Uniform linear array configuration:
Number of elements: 64
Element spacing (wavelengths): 0.25
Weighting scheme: kaiser
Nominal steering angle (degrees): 45
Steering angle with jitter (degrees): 43.809
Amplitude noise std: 0.05
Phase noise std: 0.05

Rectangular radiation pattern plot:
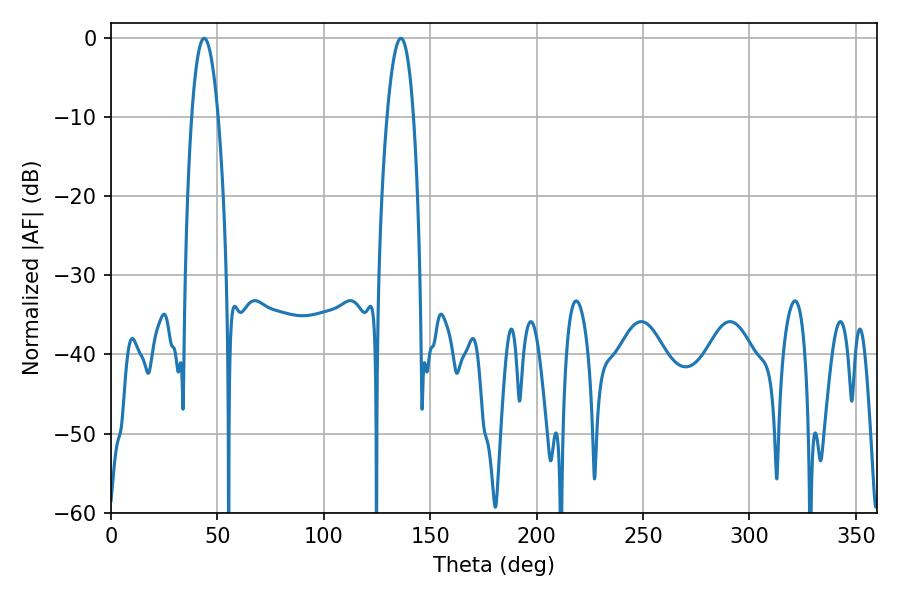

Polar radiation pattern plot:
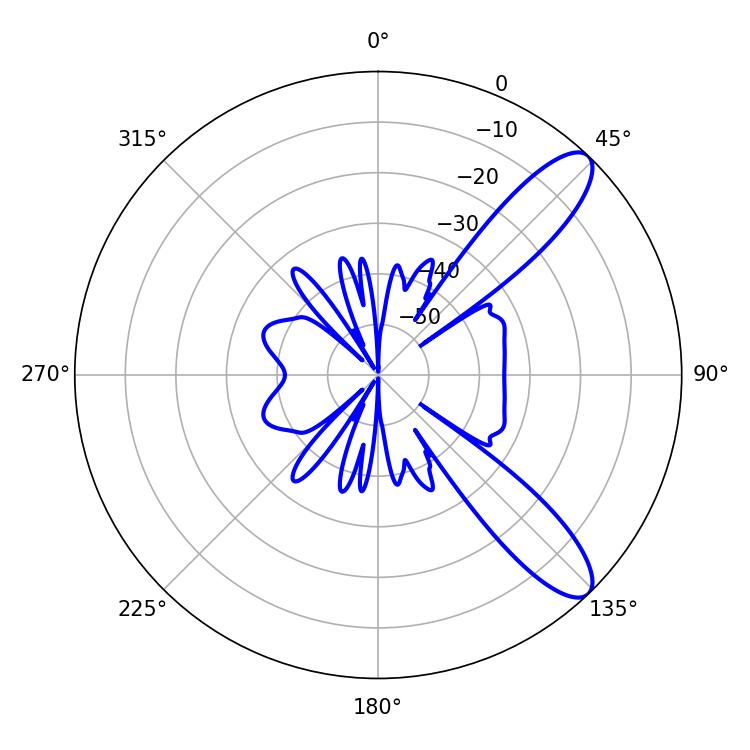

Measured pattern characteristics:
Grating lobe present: FALSE
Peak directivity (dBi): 10.477
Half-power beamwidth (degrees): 6.84
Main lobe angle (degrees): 43.74